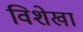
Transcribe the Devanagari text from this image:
विशेखा